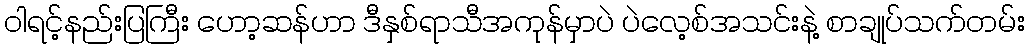
ဝါရင့်နည်းပြကြီး ဟော့ဆန်ဟာ ဒီနှစ်ရာသီအကုန်မှာပဲ ပဲလေ့စ်အသင်းနဲ့ စာချုပ်သက်တမ်း